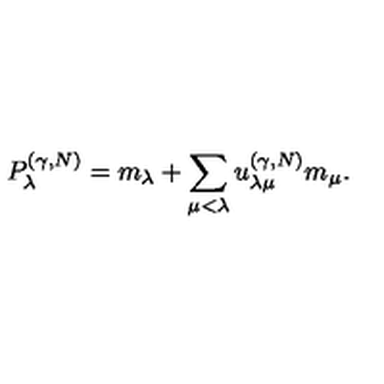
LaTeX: P _ { \lambda } ^ { ( \gamma , N ) } = m _ { \lambda } + \sum _ { \mu < \lambda } u _ { \lambda \mu } ^ { ( \gamma , N ) } m _ { \mu } .